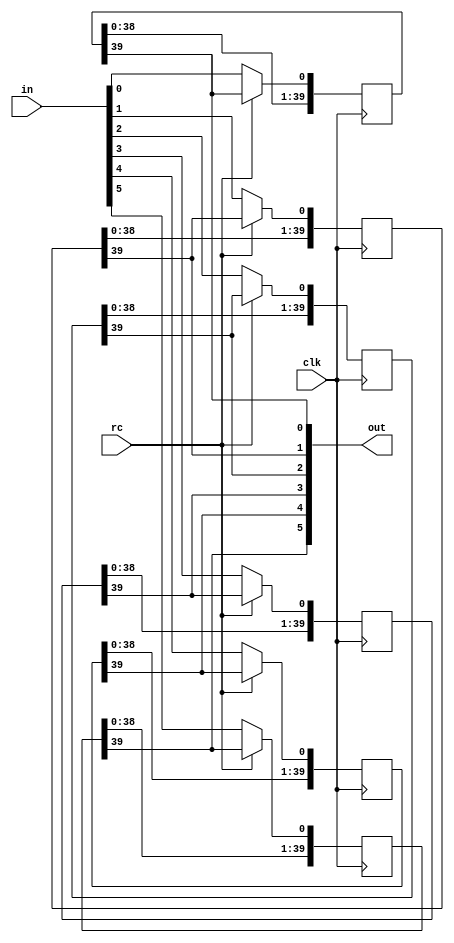
`timescale 1ns / 1ps
//////////////////////////////////////////////////////////////////////////////////
// Company: 
// Engineer: 
// 
// Design Name: 
// Module Name: ic_2519
// Project Name: 
// Target Devices: 
// Tool Versions: 
// Description: 
// 
// Dependencies: 
// 
// Revision:
// Revision 0.01 - File Created
// Additional Comments:
// Instantiation:
//   ic_2519 u0 ( .clk(), .rc(), .in(), .out());
// 
//////////////////////////////////////////////////////////////////////////////////


module ic_2519(
    input clk,
    input rc,
    input [5:0] in,
    output [5:0] out
    );
    
    reg [39:0] tmp0, tmp1, tmp2, tmp3, tmp4, tmp5;
    
    always @(posedge clk)
    begin
        tmp0 <= {tmp0[38:0], rc ? out[0] : in[0]};
        tmp1 <= {tmp1[38:0], rc ? out[1] : in[1]};
        tmp2 <= {tmp2[38:0], rc ? out[2] : in[2]};
        tmp3 <= {tmp3[38:0], rc ? out[3] : in[3]};
        tmp4 <= {tmp4[38:0], rc ? out[4] : in[4]};
        tmp5 <= {tmp5[38:0], rc ? out[5] : in[5]};
    end
           
    assign out[0] = tmp0[39];
    assign out[1] = tmp1[39];
    assign out[2] = tmp2[39];
    assign out[3] = tmp3[39];
    assign out[4] = tmp4[39];
    assign out[5] = tmp5[39];

    initial begin
        tmp0 <= 0;
        tmp1 <= 0;
        tmp2 <= 0;
        tmp3 <= 0;
        tmp4 <= 0;
        tmp5 <= 0;
    end;
    
endmodule